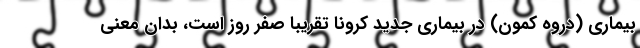
بیماری (دروه کمون) در بیماری جدید کرونا تقریبا صفر روز است، بدان معنی